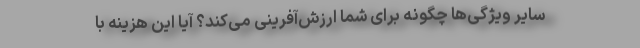
سایر ویژگی‌ها چگونه برای شما ارزش‌آفرینی می‌کند؟ آیا این هزینه با